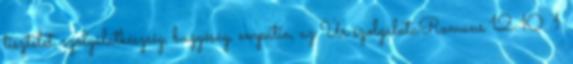
tisztelet, szolgálatkészség, buzgóság, empátia, az Úr szolgálataRomans 12:10. 1.